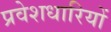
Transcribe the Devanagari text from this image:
प्रवेशधारियों